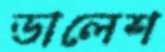
ডালেশ